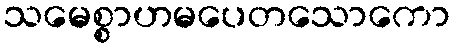
သမေစ္စာဟမပေတသောကော